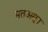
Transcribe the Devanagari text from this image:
मतअसून